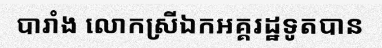
បារាំង លោកស្រីឯកអគ្គរដ្ឋទូតបាន